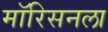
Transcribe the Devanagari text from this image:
मॉरिसनला